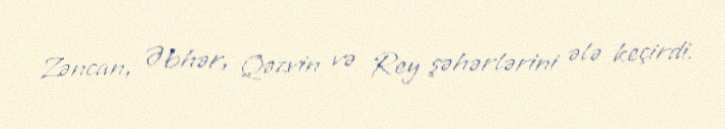
Zəncan, Əbhər, Qəzvin və Rey şəhərlərini ələ keçirdi.